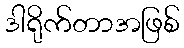
ဒါရိုက်တာအဖြစ်